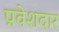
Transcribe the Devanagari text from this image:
प्रवेशदार